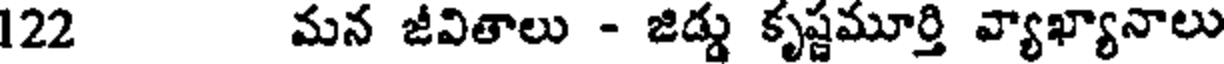
122 మన జీవితాలు - జిడ్డు కృష్ణమూర్తి వ్యాఖ్యానాలు